Leprosy in India: report of the Leprosy Commission in India, 1890-91
Year: 1890
Disease focus: Leprosy
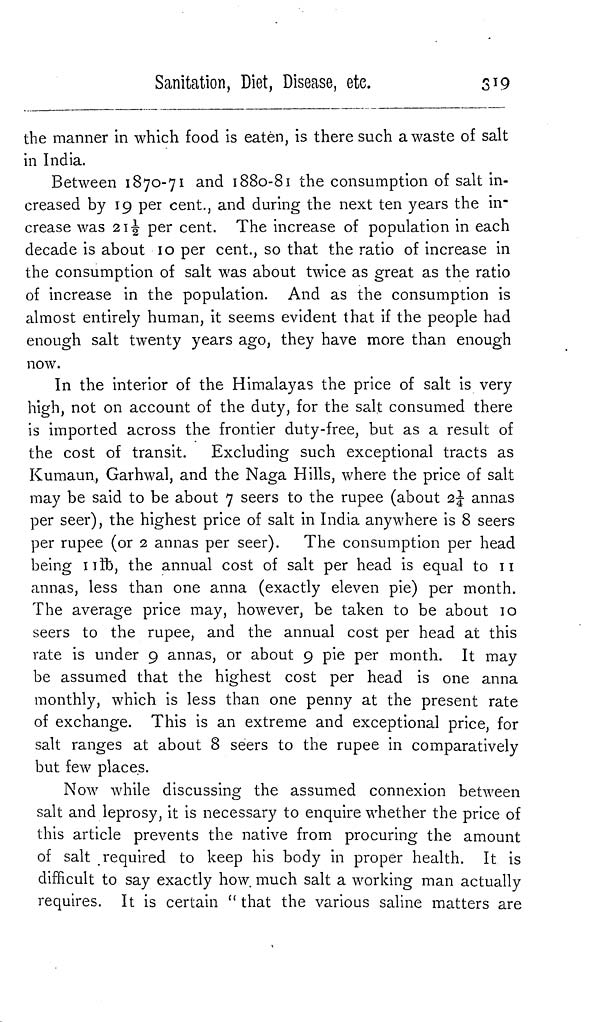
Sanitation, Diet, Disease,
etc.
319
the manner in which food is eaten, is there such a waste of salt
in India.
Between 1870-71 and 1880-81 the consumption of salt in-
creased by 19 per cent., and during the next ten years the in-
crease was 21 1/2 per cent. The increase of population in each
decade is about 10 per cent., so that the ratio of increase in
the consumption of salt was about twice as great as the ratio
of increase in the population. And as the consumption is
almost entirely human, it seems evident that if the people had
enough salt twenty years ago, they have more than enough
now.
In the interior of the Himalayas the price of salt is very
high, not on account of the duty, for the salt consumed there
is imported across the frontier duty-free, but as a result of
the cost of transit. Excluding such exceptional tracts as
Kumaun, Garhwal, and the Naga Hills, where the price of salt
may be said to be about 7 seers to the rupee (about 2 1/4 annas
per seer), the highest price of salt in India anywhere is 8 seers
per rupee (or 2 annas per seer). The consumption per head
being 11lb, the annual cost of salt per head is equal to 11
annas, less than one anna (exactly eleven pie) per month.
The average price may, however, be taken to be about 10
seers to the rupee, and the annual cost per head at this
rate is under 9 annas, or about 9 pie per month. It may
be assumed that the highest cost per head is one anna
monthly, which is less than one penny at the present rate
of exchange. This is an extreme and exceptional price, for
salt ranges at about 8 seers to the rupee in comparatively
but few places.
Now while discussing the assumed connexion between
salt and leprosy, it is necessary to enquire whether the price of
this article prevents the native from procuring the amount
of salt required to keep his body in proper health. It is
difficult to say exactly how much salt a working man actually
requires. It is certain " that the various saline matters are